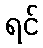
ရင်